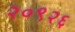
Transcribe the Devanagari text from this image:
२०९२६